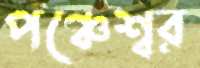
পঞ্চেশ্বর